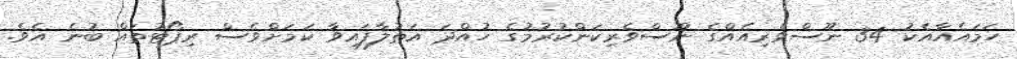
ހަމައެއާއެކު 34 ނޫސްވެރިއެއްގެ ނޫސްވެރިކަންކުރުމުގެ ހުއްދަ އަތުލާފައިވާ ކަމަށްވެސް ރިޕޯޓުތައް ބުނެ އެވެ.